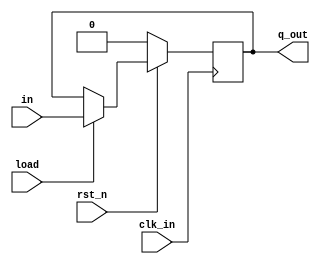
`timescale 1ns / 1ps
//////////////////////////////////////////////////////////////////////////////////
// Company: 
// Engineer: 
// 
// Design Name: 
// Module Name:    D_FLIP_FLOP 
// Project Name: 
// Target Devices: 
// Tool versions: 
// Description: 
//
// Dependencies: 
//
// Revision: 
// Revision 0.01 - File Created
// Additional Comments: 
//
//////////////////////////////////////////////////////////////////////////////////
module D_FLIP_FLOP(
    input in,
    input rst_n,
    input clk_in,
    input load,
    output reg q_out
    );

always @ (posedge clk_in)
  begin
     if(~rst_n)
	    begin
    q_out<= 1'b0 ;
          end
      else if (load==1'b1)
        begin
    q_out<= in ;
     end
 end
 endmodule